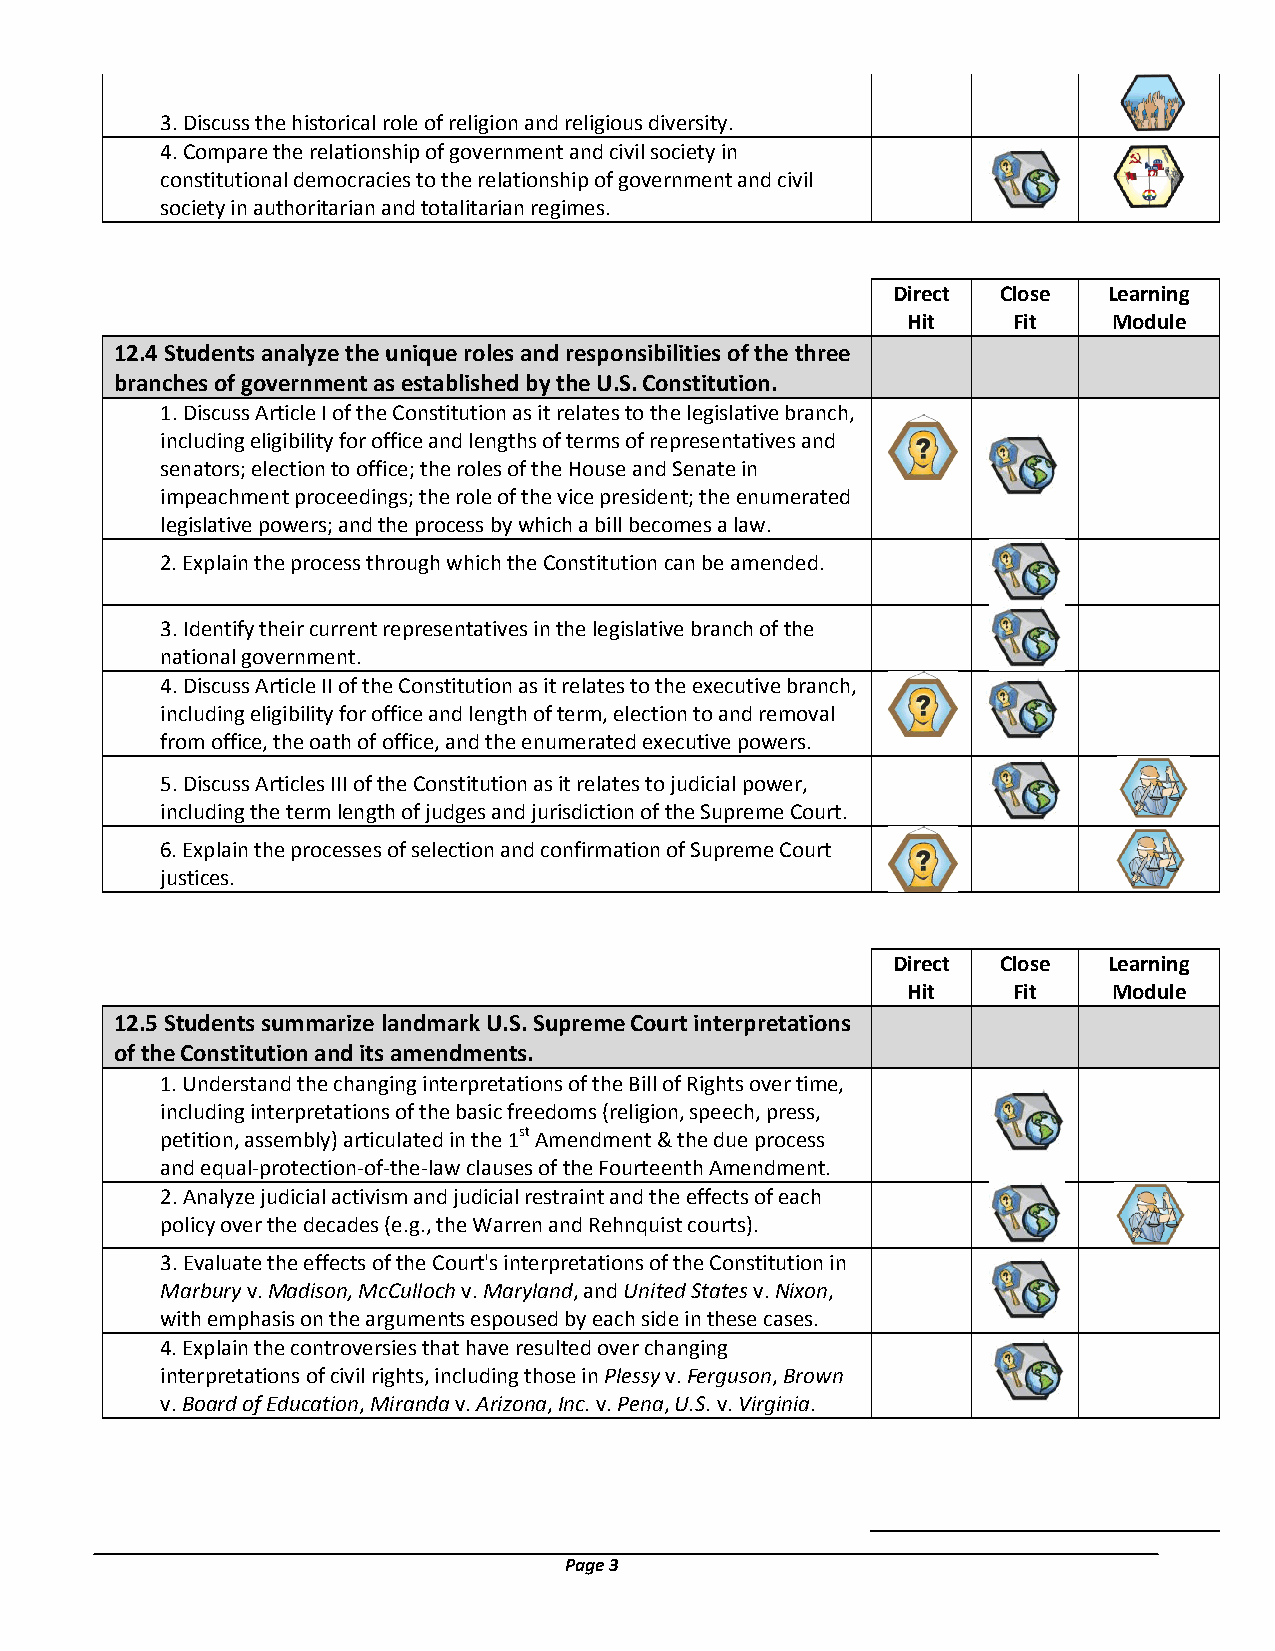
3. Discuss the historical role of religion and religious diversity.
 4. Compare the relationship of government and civil society in
 constitutional democracies to the relationship of government and civil
 society in authoritarian and totalitarian regimes.
 Direct Close  Learning
 Hit    Fit    Module
 12.4 Students analyze the unique roles and responsibilities of the three
 branches of government as established by the U.S. Constitution.
 1. Discuss Article I of the Constitution as it relates to the legislative branch,
 including eligibility for office and lengths of terms of representatives and
 senators; election to office; the roles of the House and Senate in
 impeachment proceedings; the role of the vice president; the enumerated
 legislative powers; and the process by which a bill becomes a law.
 2. Explain the process through which the Constitution can be amended.
 3. Identify their current representatives in the legislative branch of the
 national government.
 4. Discuss Article II of the Constitution as it relates to the executive branch,
 including eligibility for office and length of term, election to and removal
 from office, the oath of office, and the enumerated executive powers.
 5. Discuss Articles III of the Constitution as it relates to judicial power,
 including the term length of judges and jurisdiction of the Supreme Court.
 6. Explain the processes of selection and confirmation of Supreme Court
 justices.
 Direct Close  Learning
 Hit    Fit    Module
 12.5 Students summarize landmark U.S. Supreme Court interpretations
 of the Constitution and its amendments.
 1. Understand the changing interpretations of the Bill of Rights over time,
 including interpretations of the basic freedoms (religion, speech, press,
 petition, assembly) articulated in the 1st Amendment & the due process
 and equal-protection-of-the-law clauses of the Fourteenth Amendment.
 2. Analyze judicial activism and judicial restraint and the effects of each
 policy over the decades (e.g., the Warren and Rehnquist courts).
 3. Evaluate the effects of the Court's interpretations of the Constitution in
 Marbury v. Madison, McCulloch v. Maryland, and United States v. Nixon,
 with emphasis on the arguments espoused by each side in these cases.
 4. Explain the controversies that have resulted over changing
 interpretations of civil rights, including those in Plessy v. Ferguson, Brown
 v. Board of Education, Miranda v. Arizona, Inc. v. Pena, U.S. v. Virginia.
 Page 3